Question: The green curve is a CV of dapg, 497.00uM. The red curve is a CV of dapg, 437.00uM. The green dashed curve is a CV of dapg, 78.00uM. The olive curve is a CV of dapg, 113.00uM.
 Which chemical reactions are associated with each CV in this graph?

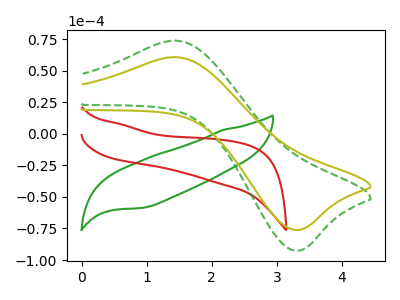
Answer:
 <answer>The green curve is labeled "dapg, 497.00uM". The red curve is labeled "dapg, 437.00uM". The green dashed curve is labeled "dapg, 78.00uM". The olive curve is labeled "dapg, 113.00uM".</answer>
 <eval></eval>